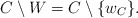
\begin{align*}C\setminus W=C\setminus\{w_C\}. \end{align*}